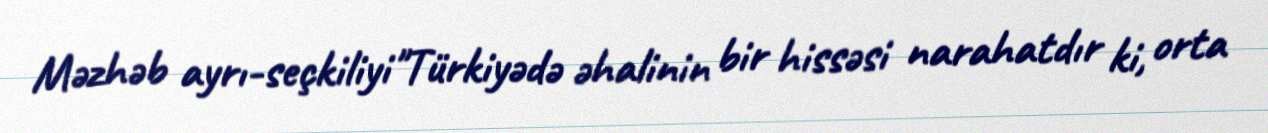
Məzhəb ayrı-seçkiliyi"Türkiyədə əhalinin bir hissəsi narahatdır ki, orta